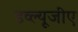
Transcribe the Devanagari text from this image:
डव्ल्यूजीए